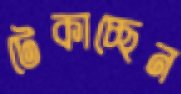
টেকাচ্ছেন